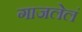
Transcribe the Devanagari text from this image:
गाजलेलं